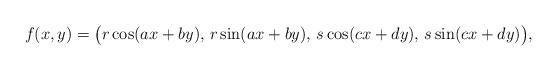
LaTeX: \begin{align*} f(x,y) = \bigl( r \cos (ax+by), \, r \sin (ax+by), \, s \cos (cx+dy), \, s \sin (cx+dy)\bigr), \end{align*}